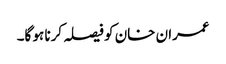
عمران خان کو فیصلہ کرنا ہو گا۔